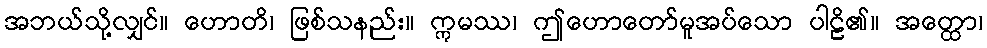
အဘယ်သို့လျှင်။ ဟောတိ၊ ဖြစ်သနည်း။ ဣမဿ၊ ဤဟောတော်မူအပ်သော ပါဠိ၏။ အတ္ထော၊